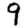
Digit: 9